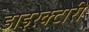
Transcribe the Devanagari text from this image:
डाइरेक्टोरी